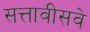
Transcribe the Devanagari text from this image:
सत्तावीसवे